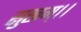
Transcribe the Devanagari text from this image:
सुखम्।।